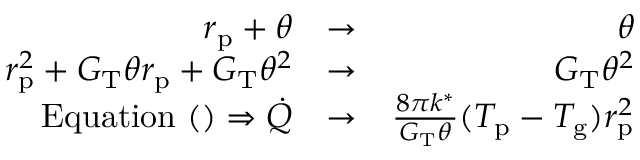
\begin{array} { r l r } { r _ { \mathrm { p } } + \theta } & { \rightarrow } & { \theta } \\ { r _ { \mathrm { p } } ^ { 2 } + G _ { \mathrm { T } } \theta r _ { \mathrm { p } } + G _ { \mathrm { T } } \theta ^ { 2 } } & { \rightarrow } & { G _ { \mathrm { T } } \theta ^ { 2 } } \\ { \mathrm { E q u a t i o n } ~ ( ) \Rightarrow \dot { Q } } & { \rightarrow } & { \frac { 8 \pi k ^ { * } } { G _ { \mathrm { T } } \theta } ( T _ { \mathrm { p } } - T _ { \mathrm { g } } ) r _ { \mathrm { p } } ^ { 2 } } \end{array}